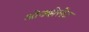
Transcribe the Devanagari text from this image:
ओक्झेलेट